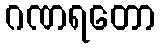
ဂဏရတော